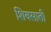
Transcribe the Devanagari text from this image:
शिवसाती